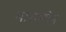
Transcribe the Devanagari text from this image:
मारमरोन